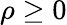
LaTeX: \rho\geq 0